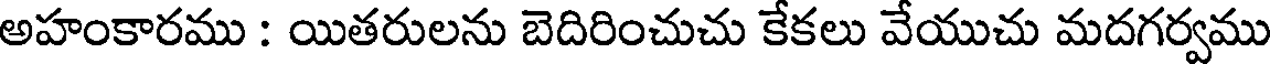
అహంకారము : యితరులను బెదిరించుచు కేకలు వేయుచు మదగర్వము